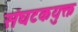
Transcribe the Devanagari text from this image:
संघटकयुक्त